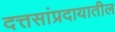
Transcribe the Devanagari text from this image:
दत्तसांप्रदायातील